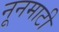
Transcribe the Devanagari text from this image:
नूनमाटी